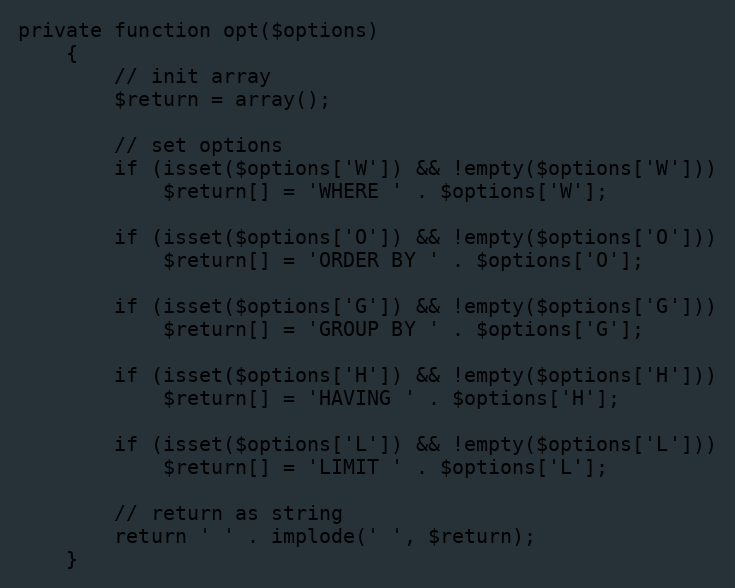
Language: PHP
private function opt($options)
    {
        // init array
        $return = array();

        // set options
        if (isset($options['W']) && !empty($options['W']))
            $return[] = 'WHERE ' . $options['W'];

        if (isset($options['O']) && !empty($options['O']))
            $return[] = 'ORDER BY ' . $options['O'];

        if (isset($options['G']) && !empty($options['G']))
            $return[] = 'GROUP BY ' . $options['G'];

        if (isset($options['H']) && !empty($options['H']))
            $return[] = 'HAVING ' . $options['H'];

        if (isset($options['L']) && !empty($options['L']))
            $return[] = 'LIMIT ' . $options['L'];

        // return as string
        return ' ' . implode(' ', $return);
    }